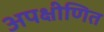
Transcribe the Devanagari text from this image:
अपक्षीणित